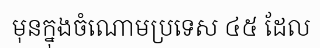
មុនក្នុងចំណោមប្រទេស ៤៥ ដែល